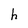
Character: h